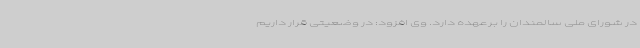
در شورای ملی سالمندان را برعهده دارد. وی افزود: در وضعیتی قرار داریم